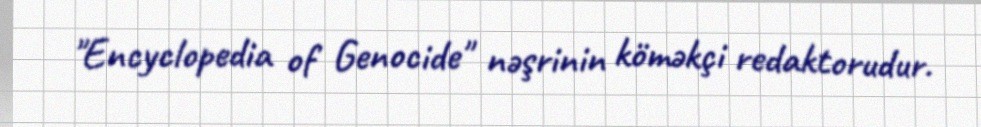
"Encyclopedia of Genocide" nəşrinin köməkçi redaktorudur.